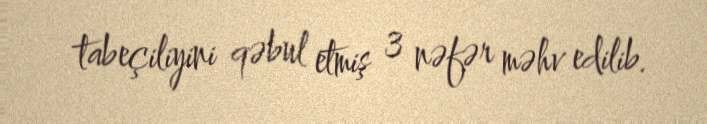
tabeçiliyini qəbul etmiş 3 nəfər məhv edilib.